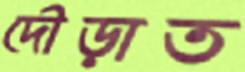
দৌড়াত